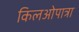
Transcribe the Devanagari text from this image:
किलओपात्रा